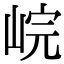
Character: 𡷗